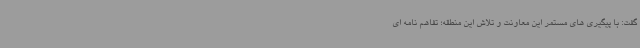
گفت: با پیگیری های مستمر این معاونت و تلاش این منطقه؛ تفاهم نامه ای